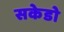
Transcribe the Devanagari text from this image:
सकेडो